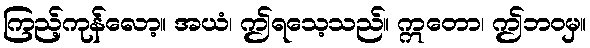
ကြည့်ကုန်လော့။ အယံ၊ ဤရသေ့သည်။ ဣတော၊ ဤဘဝမှ။